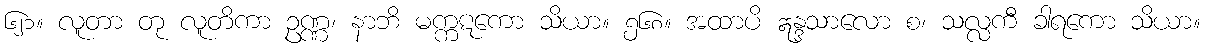
၆၂၁။ လူတာ တု လူတိကာ ဥဏ္ဏ၊ နာဘိ မက္ကဋကော သိယာ။ ၅၆၈။ အထာပိ ဣန္ဒသာလော စ၊ သလ္လကီ ခါရကော သိယာ။